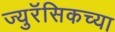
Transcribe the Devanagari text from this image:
ज्युरॅसिकच्या